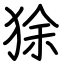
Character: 狳